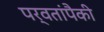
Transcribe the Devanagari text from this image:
पर्वतांपैकी